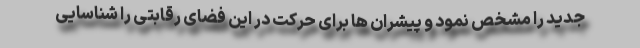
جدید را مشخص نمود و پیشران ها برای حرکت در این فضای رقابتی را شناسایی